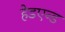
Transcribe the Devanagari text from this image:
हेडएन्ड